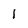
Character: 1